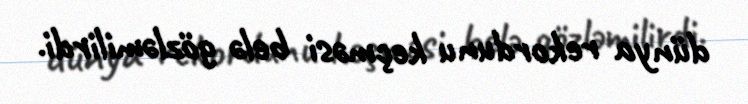
dünya rekordunu keçməsi belə gözləmilirdi.